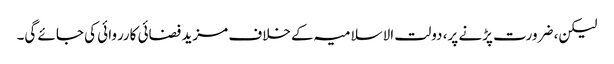
لیکن، ضرورت پڑنے پر، دولت الاسلامیہ کے خلاف مزید فضائی کارروائی کی جائے گی۔